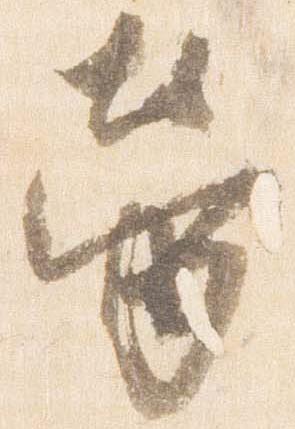
労